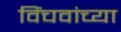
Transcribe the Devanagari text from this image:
विंचवांच्या